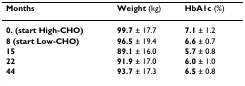
| Months | Weight (kg) | HbA1c (%) |
 | --- | --- | --- |
 | 0. (start High-CHO) | 99.7 ± 17.7 | 7.1 ± 1.2 |
 | 8 (start Low-CHO) | 96.5 ± 19.4 | 6.6 ± 0.7 |
 | 15 | 89.1 ± 16.0 | 5.7 ± 0.8 |
 | 22 | 91.9 ± 17.0 | 6.0 ± 1.0 |
 | 44 | 93.7 ± 17.3 | 6.5 ± 0.8 |